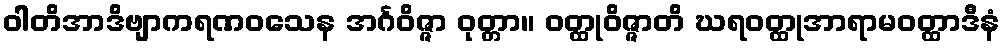
ဝါတိအာဒိဗျာကရဏဝသေန အင်္ဂဝိဇ္ဇာ ဝုတ္တာ။ ဝတ္ထုဝိဇ္ဇာတိ ဃရဝတ္ထုအာရာမဝတ္ထာဒီနံ